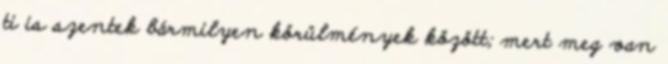
ti is szentek bármilyen körülmények között; mert meg van